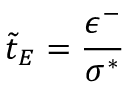
\tilde { t } _ { E } = \frac { \epsilon ^ { - } } { \sigma ^ { * } }